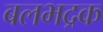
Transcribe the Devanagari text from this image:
बलभद्रक